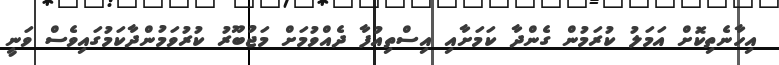
އިހާނެތިކޮށް އަމަލު ކުރަމުން ގެންދާ ކަމަށާއި އިސްތިއުފާ ދެއްވުމަށް މަޖުބޫރު ކުރުވަމުންދާކަމުގައިވެސް ވަނީ